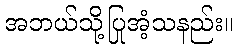
အဘယ်သို့ပြုအံ့သနည်း။